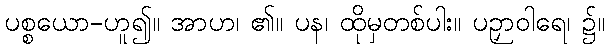
ပစ္စယော-ဟူ၍။ အာဟ၊ ၏။ ပန၊ ထိုမှတစ်ပါး။ ပဉှာဝါရေ၊ ၌။